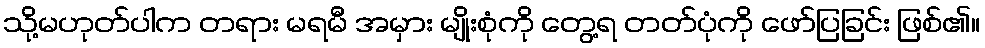
သို့မဟုတ်ပါက တရား မရမီ အမှား မျိုးစုံကို တွေ့ရ တတ်ပုံကို ဖော်ပြခြင်း ဖြစ်၏။